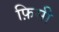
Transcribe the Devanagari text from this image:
फ़िसी